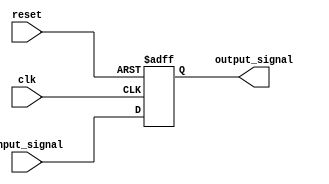
module Inverter_Delay (
    input wire clk,
    input wire reset,
    input wire input_signal,
    output reg output_signal
);

reg delayed_signal;

always @(posedge clk or posedge reset) begin
    if (reset) begin
        delayed_signal <= 1'b0; // Delayed signal reset
    end else begin
        delayed_signal <= #1 input_signal; // Apply inverter delay
    end
end

assign output_signal = delayed_signal;

endmodule